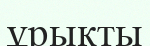
ұрықты